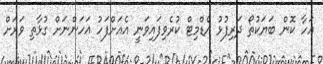
އަހާ ކޮން ބަޔަކުތޯ ދަރިފުޅު އެޑްމިޓް ކުރެވިފައިވަނީ އެއަށްފަހު އަހަންނަށް ގުޅާތި ވަރަށް